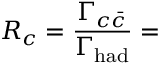
R _ { c } = { \frac { \Gamma _ { c \bar { c } } } { \Gamma _ { \mathrm { h a d } } } } =